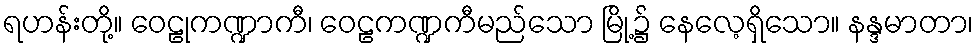
ရဟန်းတို့။ ဝေဠုကဏ္ဍာကီ၊ ဝေဠကဏ္ဍကီမည်သော မြို့၌ နေလေ့ရှိသော။ နန္ဒမာတာ၊